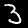
Label: 3